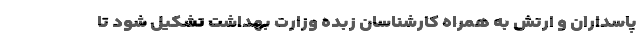
پاسداران و ارتش به همراه کارشناسان زبده وزارت بهداشت تشکیل شود تا